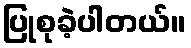
ပြုစုခဲ့ပါတယ်။